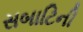
સબાટિની